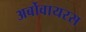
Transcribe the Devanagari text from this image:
अर्बोवायरस